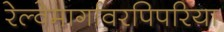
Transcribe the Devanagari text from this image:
रेल्वेमार्गावरपिपरिया